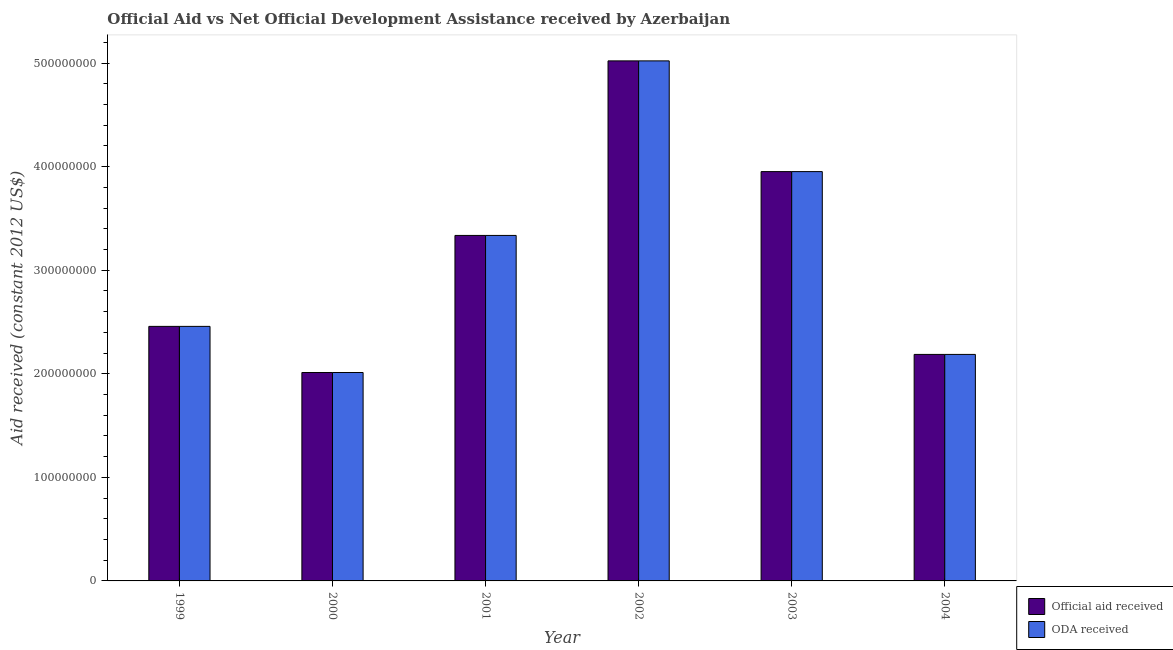
| Year | Official aid received | ODA received |
 | --- | --- | --- |
 | 1999 | 2.46e+08 | 2.46e+08 |
 | 2000 | 2.01e+08 | 2.01e+08 |
 | 2001 | 3.34e+08 | 3.34e+08 |
 | 2002 | 5.02e+08 | 5.02e+08 |
 | 2003 | 3.95e+08 | 3.95e+08 |
 | 2004 | 2.19e+08 | 2.19e+08 |